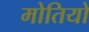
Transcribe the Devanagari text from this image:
मोतियो